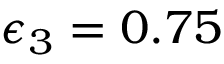
\epsilon _ { 3 } = 0 . 7 5